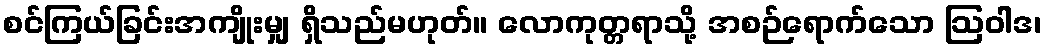
စင်ကြယ်ခြင်းအကျိုးမျှ ရှိသည်မဟုတ်။ လောကုတ္တရာသို့ အစဉ်ရောက်သော ဩဝါဒ၊